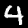
Label: 4